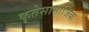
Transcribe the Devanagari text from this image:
कृतेसामाजिक